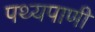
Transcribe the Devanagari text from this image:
पथ्यपाणी